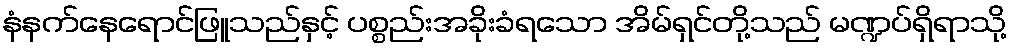
နံနက်နေရောင်ဖြူသည်နှင့် ပစ္စည်းအခိုးခံရသော အိမ်ရှင်တို့သည် မဏ္ဍပ်ရှိရာသို့